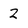
Character: 2